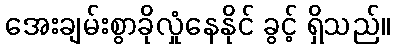
အေးချမ်းစွာခိုလှုံနေနိုင် ခွင့် ရှိသည်။